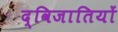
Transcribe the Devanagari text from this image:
द्विजातियों